Scottish Leaving Certificate Examination, 1961
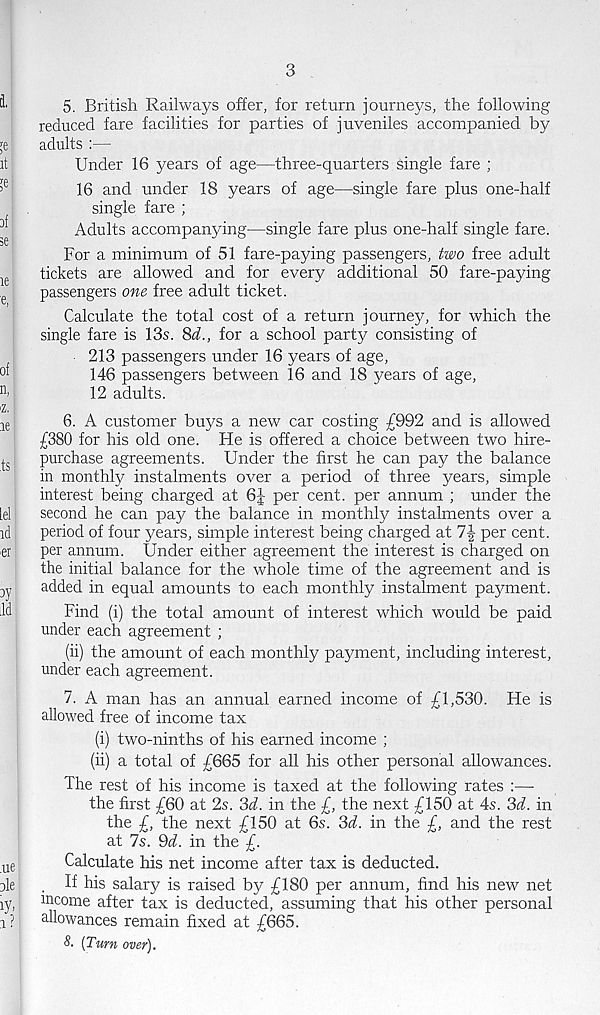
3
5. British Railways offer, for return journeys, the following
reduced fare facilities for parties of juveniles accompanied by
adults :—
Under 16 years of age—three-quarters single fare ;
16 and under 18 years of age—single fare plus one-half
single fare ;
Adults accompanying—single fare plus one-half single fare.
For a minimum of 51 fare-paying passengers, two free adult
tickets are allowed and for every additional 50 fare-paying
passengers one free adult ticket.
Calculate the total cost of a return journey, for which the
single fare is 13s. 8^., for a school party consisting of
213 passengers under 16 years of age,
146 passengers between 16 and 18 years of age,
12 adults.
6. A customer buys a new car costing £992 and is allowed
£380 for his old one. He is offered a choice between two hire-
purchase agreements. Under the first he can pay the balance
in monthly instalments over a period of three years, simple
interest being charged at 6£ per cent, per annum ; under the
second he can pay the balance in monthly instalments over a
period of four years, simple interest being charged at
per cent,
per annum. Under either agreement the interest is charged on
the initial balance for the whole time of the agreement and is
added in equal amounts to each monthly instalment payment.
Find (i) the total amount of interest which would be paid
under each agreement ;
(ii) the amount of each monthly payment, including interest,
under each agreement.
7. A man has an annual earned income of £1,530. He is
allowed free of income tax
(i) two-ninths of his earned income ;
(ii) a total of £665 for all his other personal allowances.
The rest of his income is taxed at the following rates :—-
the first £60 at 2s. 3d. in the £, the next £150 at 4s. 3d. in
the £, the next £150 at 6s. 3d. in the £, and the rest
at 7s. 9d. in the £.
Calculate his net income after tax is deducted.
If his salary is raised by £180 per annum, find his new net
income after tax is deducted, assuming that his other personal
allowances remain fixed at £665.
S. {Turn over).